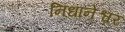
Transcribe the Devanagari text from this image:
निधानेश्वर